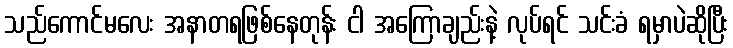
သည်ကောင်မလေး အနာတရဖြစ်နေတုန်း ငါ အကြောချည်းနဲ့ လုပ်ရင် သင်းခံ ရမှာပဲဆိုပြီး